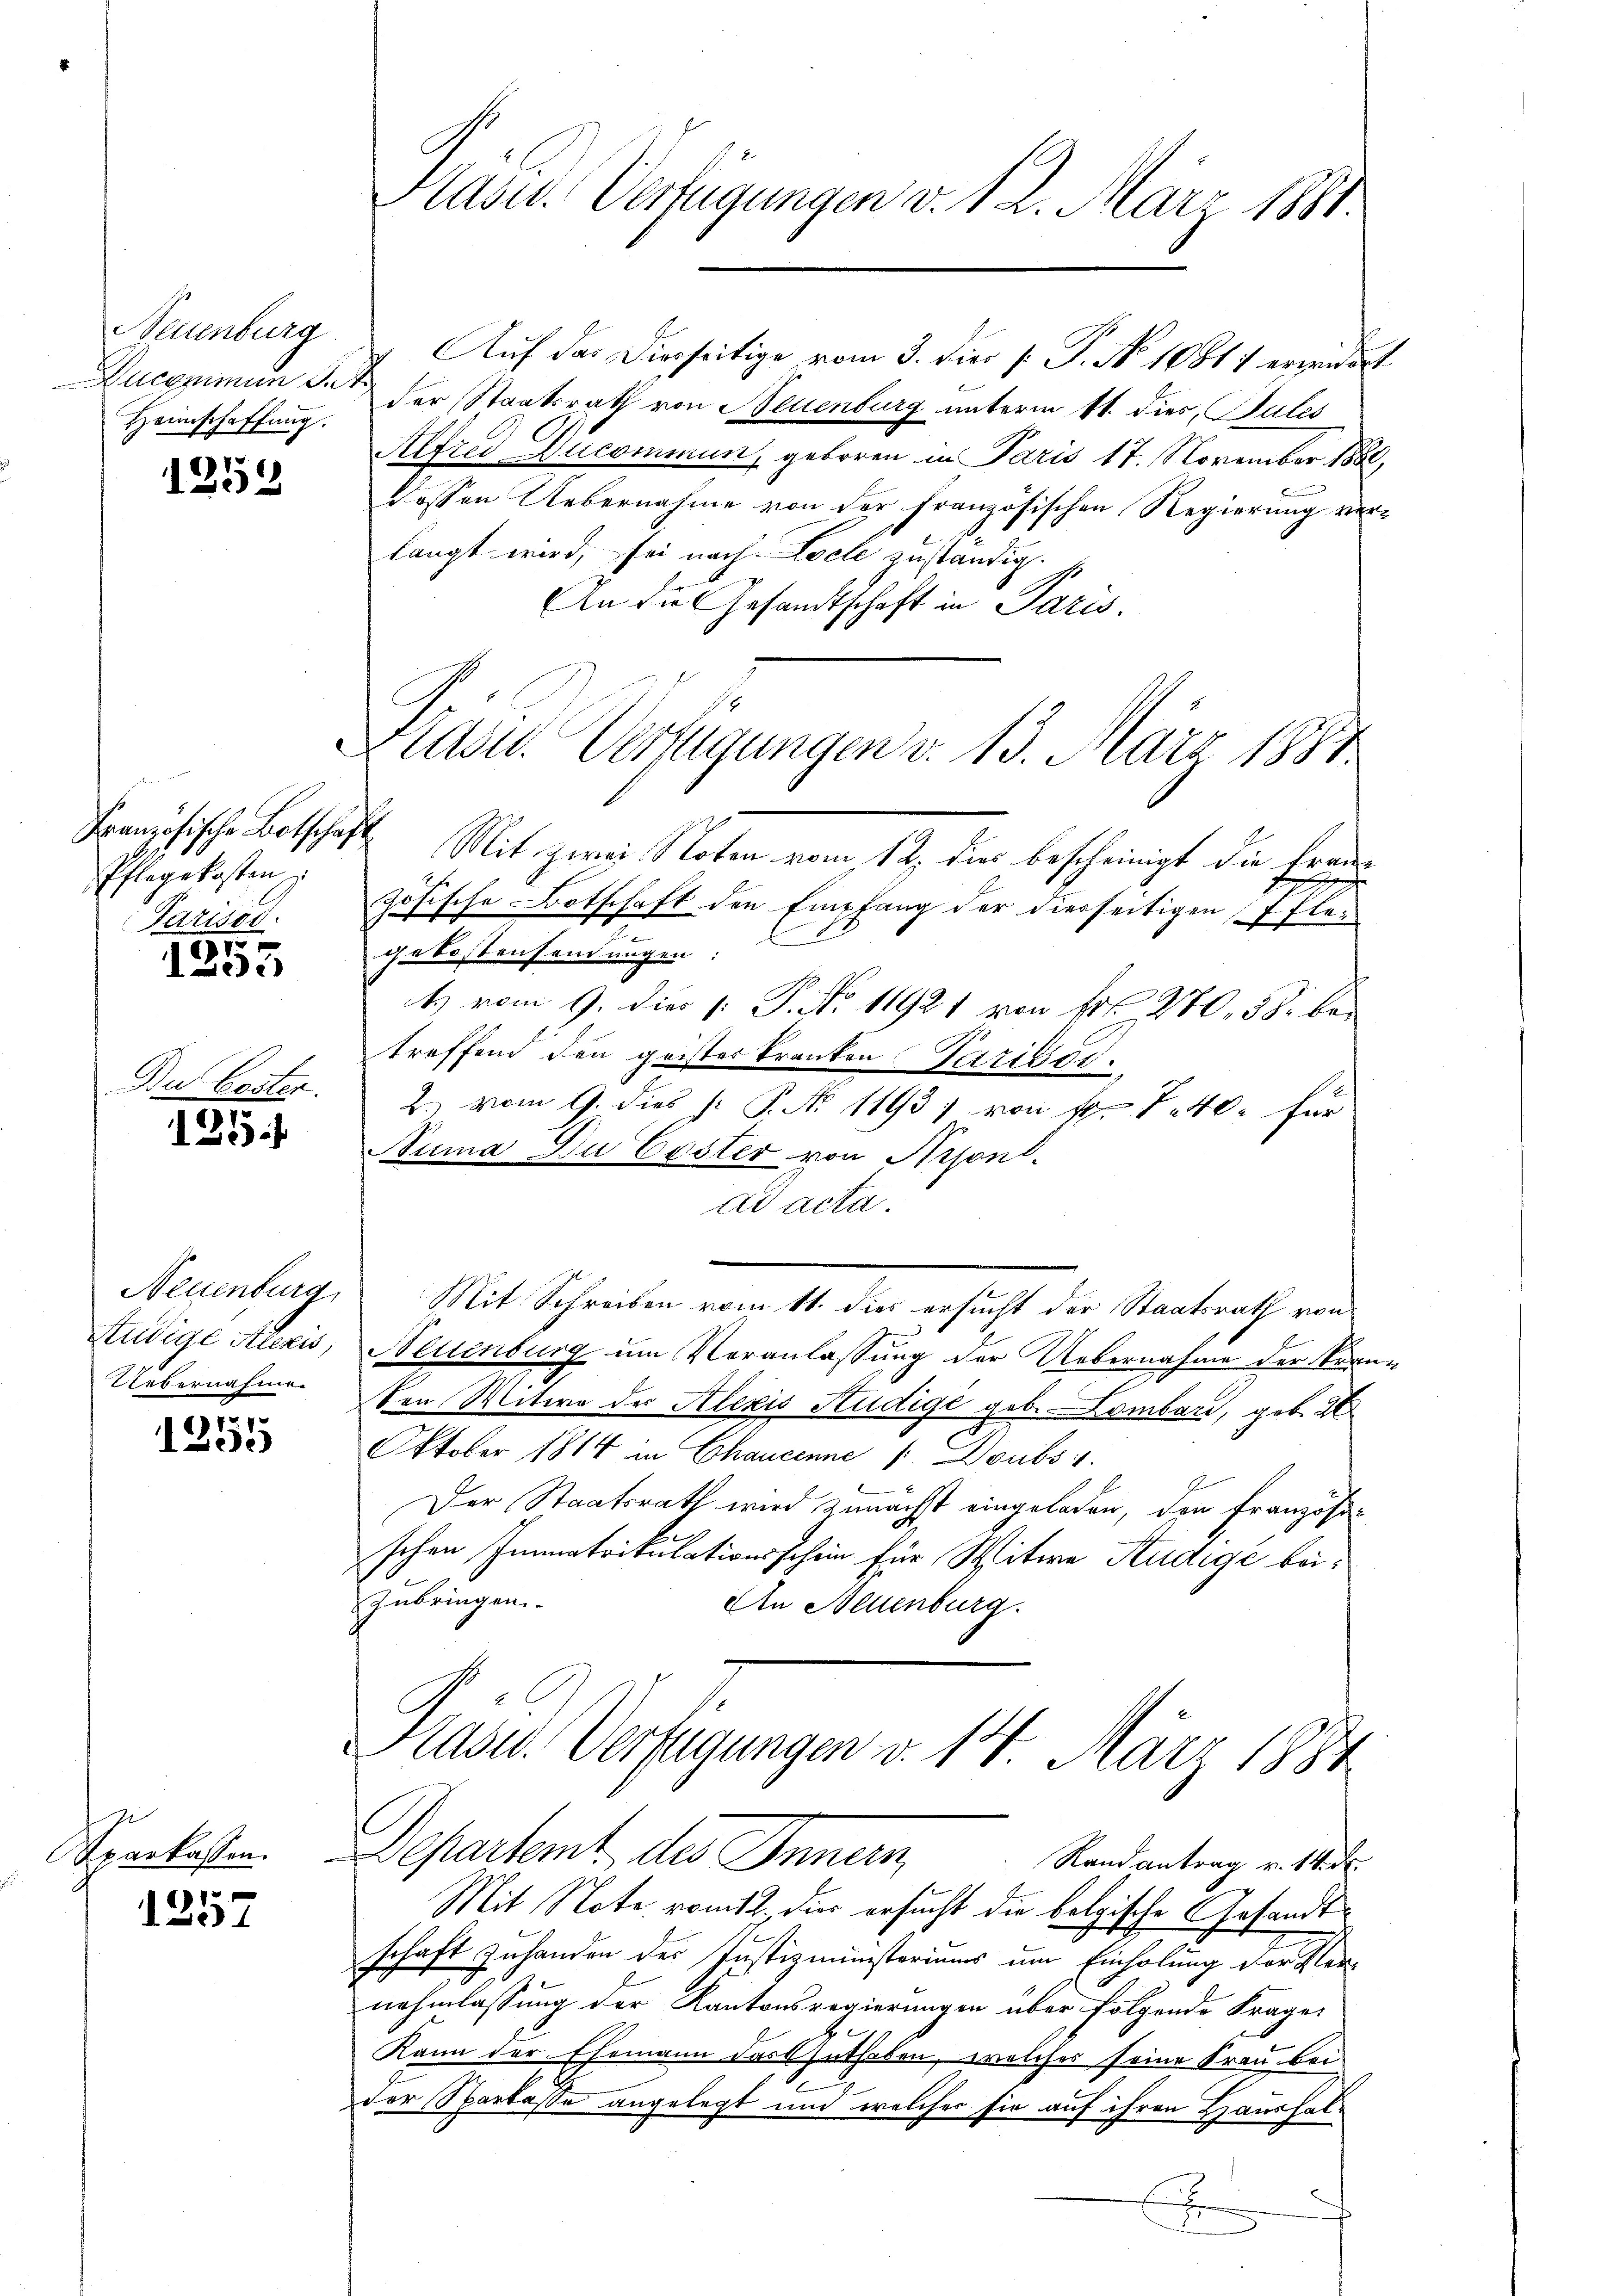
Neuenburg
Ducommun S.
Heimschaffung.

1253

Pflegekosten z
Parisod.

15
1253

Du löster.

25

Studige Alexis,
Uebernahme.

1255

Schparkassen.
1

37

Kasu. Verfügungen v. 12. März 1881.

Auf das Dierseitige vom 3. dies [ P. No 10811 erwidert
der Staatsrath von Neuenburg unterm 11. dies, Pules
Alfred Ducommun, geboren in Paris 17. November 1882,
dossen Uebernahme von der französischen Regierung verlangt wird, sei nach Loche zuständig.
An die Gesandtschaft in Paris.
Französische Botschaft Mit zwei Noten vom 12. dies bescheinigt die Frauzösische Botschaft den Empfang der dierseitigen Pfle
gekostensendungen:
t vom 9. dies v. P. No 11921 von Fr. 270. 582 betreffend den geister kranken Parissi¬
2. vom 9. dies J. P. No. 1193; von fl. 140. für
Buma Du bester von Aison.
ad acta.
Neuenburg, Mit Schreiben vom 11. dies ersucht der Staatsrath von
Neuenburg um Veranlassung der Uebernahme der Brann
2
ton Witwe der Alexis Studige geb. Lombar, geb. 2
Oktober 1814 in Chancenne u. Doubs
Der Staatsrath wird zunächst eingeladen, den Französis
schen Immatrikulationsschein für Witwe Studige beizubringen.
An Neuenburg.
Präsid. Verfügungen v. 14. März 1884
Departent, da Innern
Rand antrag v. 14. d.
Mit Note vom 2. dies ersucht die belgische Gesandtschaft zu handen des Justizministeriums um Einholung der Vernehmlassung der Kantonsregierungen über folgende Frage
Kann der Ehemann das Zuthaben, welches seine Frau bei
der Sparkasse angelegt und welcher fir auf ihren Haushal¬
E

Stadel. Verfügungen v. 13. März 1881